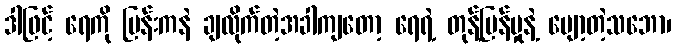
ဒါဖြင့် ရေကို ဗြန်းကနဲ ချလိုက်တဲ့အခါကျတော့ ရေရဲ့ တုန့်ပြန်မှုနဲ့ ပျော့တဲ့သဘော၊